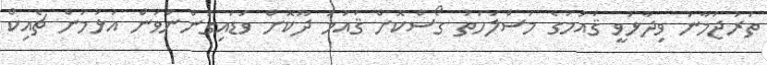
ތަރުޖަމާނު ވިދާޅުވީ ޤައުމުގެ މަސްލަހަތު ގޯސްކޮށް ޤައުމު ދޫކޮށް ވަޑައިގަންނަވަން އުޅުމުން ޗެއިކް